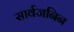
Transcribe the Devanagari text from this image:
सार्वजनिन